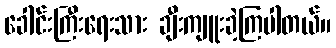
ခေါင်းကြီးရေးသား ချီးကျူးခဲ့ကြပါတယ်။